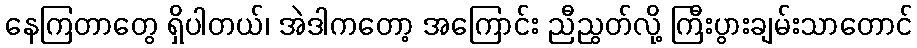
နေကြတာတွေ ရှိပါတယ်၊ အဲဒါကတော့ အကြောင်း ညီညွတ်လို့ ကြီးပွားချမ်းသာတောင်